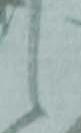
候